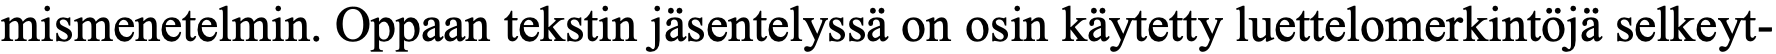
mismenetelmin. Oppaan tekstin jäsentelyssä on osin käytetty luettelomerkintöjä selkeyt-